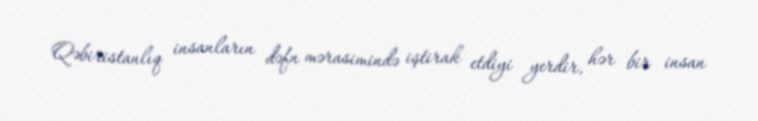
Qəbiristanlıq insanların dəfn mərasimində iştirak etdiyi yerdir, hər bir insan